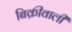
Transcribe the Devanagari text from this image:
बिक्रीवाली